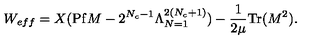
W _ { e f f } = X ( \mathrm { P f } M - 2 ^ { N _ { c } - 1 } \Lambda _ { N = 1 } ^ { 2 ( N _ { c } + 1 ) } ) - \frac { 1 } { 2 \mu } \mathrm { T r } ( M ^ { 2 } ) .